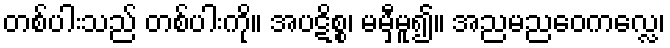
တစ်ပါးသည် တစ်ပါးကို။ အပဋိစ္စ၊ မမှီမူ၍။ အညမညဝေကလ္လေ၊